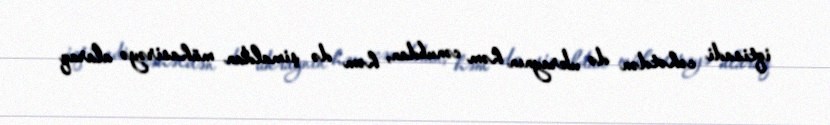
iqtisadi cəhətdən də ukraynın həm cənubdan, həm də şimaldan mühasirəyə alaraq